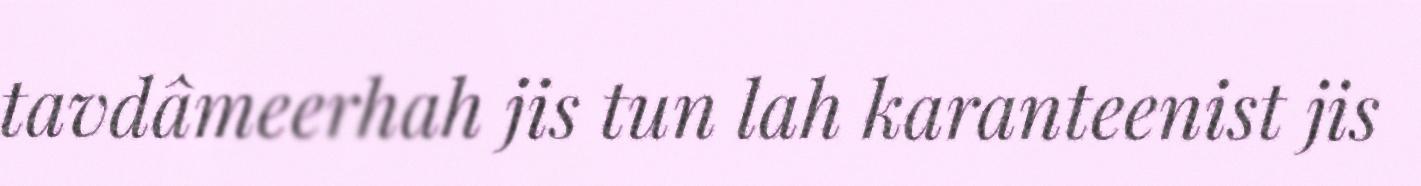
tavdâmeerhah jis tun lah karanteenist jis